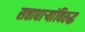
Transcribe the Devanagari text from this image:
सत्ताधाऱ्यांविरुद्ध